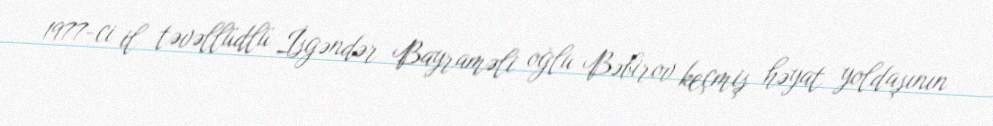
1977-ci il təvəllüdlü İsgəndər Bayraməli oğlu Bəbirov keçmiş həyat yoldaşının